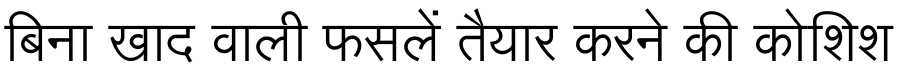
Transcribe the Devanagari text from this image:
बिना खाद वाली फसलें तैयार करने की कोशिश